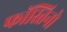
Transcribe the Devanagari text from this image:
फॉस्तिनो